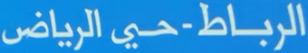
الرباط-حي الرياض